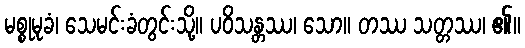
မစ္စုမုခံ၊ သေမင်းခံတွင်းသို့။ ပဝိသန္တဿ၊ သော။ တဿ သတ္တဿ၊ ၏။